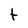
Character: t